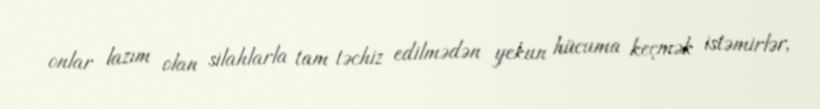
onlar lazım olan silahlarla tam təchiz edilmədən yekun hücuma keçmək istəmirlər,